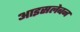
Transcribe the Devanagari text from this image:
आइसलेबन